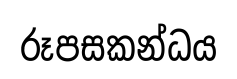
රූපසකන්ධය